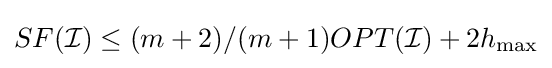
SF({\mathcal {I}})\leq (m+2)/(m+1)OPT({\mathcal {I}})+2h_{\max }